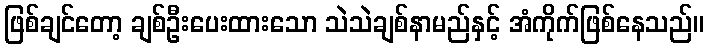
ဖြစ်ချင်တော့ ချစ်ဦးပေးထားသော သဲသဲချစ်နာမည်နှင့် အံကိုက်ဖြစ်နေသည်။